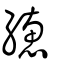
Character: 繐